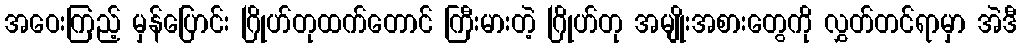
အဝေးကြည့် မှန်ပြောင်း ဂြိုဟ်တုထက်တောင် ကြီးမားတဲ့ ဂြိုဟ်တု အမျိုးအစားတွေကို လွှတ်တင်ရာမှာ အဲဒီ